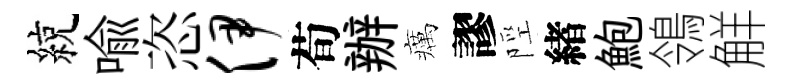
綂喻恣伊荀辦癘謬陘緖鮑鴒觧